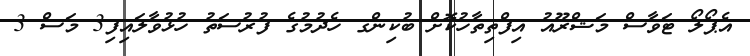
އެޕޯލޯ ޓަވާސް މަޝްރޫއު އިފްތިތާހުކޮށް ބުކިންގ ހެދުމުގެ ފުރުސަތު ހުޅުވާލައިފި3 މަސް 3